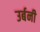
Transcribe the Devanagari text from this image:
उर्बनी